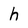
Character: h